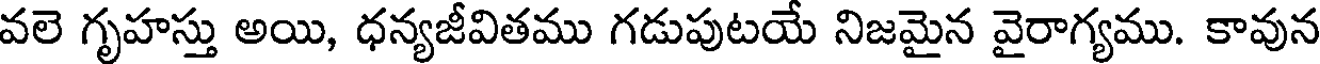
వలె గృహస్తు అయి, ధన్యజీవితము గడుపుటయే నిజమైన వైరాగ్యము. కావున